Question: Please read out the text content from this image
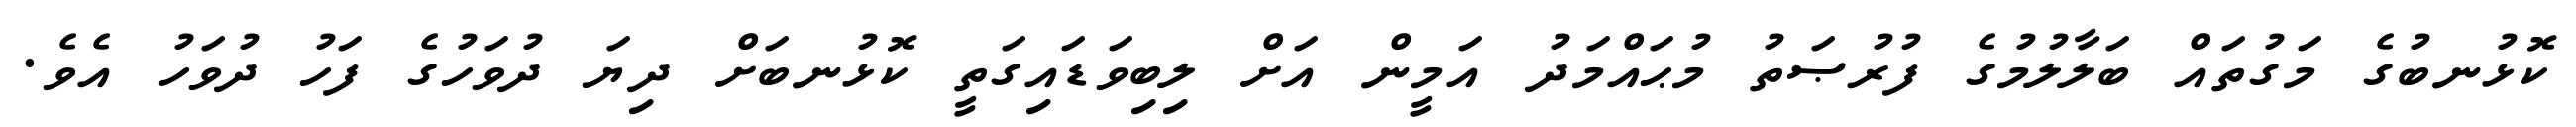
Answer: ކޮޅުނބުގެ މަގުތައް ބަލާލުމުގެ ފުރުޞަތު މުޙައްމަދު އަމީން އަށް ލިބިވަޑައިގަތީ ކޮޅުނބަށް ދިޔަ ދުވަހުގެ ފަހު ދުވަހު އެވެ.